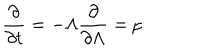
\frac { \partial } { \partial t } = - \Lambda \frac { \partial } { \partial \Lambda } = p